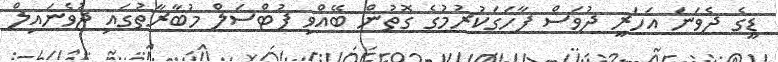
ޑީގެ ދެވަނަ އަހަރީ ދުވަސް ފާހަގަކުރުމުގެ ގޮތުން ބޭއްވި ފުޓްސަލް މުބާރާތުގައި ޖުވެނައިލް